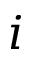
i